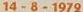
14-8-1979